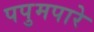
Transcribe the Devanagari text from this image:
पपुमपारे